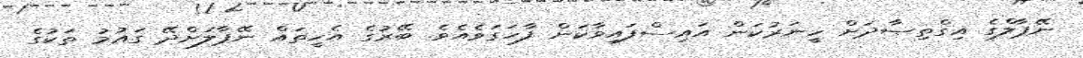
ނޭޕާލްގެ އިގްތިޞާދަށް ހީނަރުކަން އައިސްފައިވާކަން ފާހަގަވެއެވެ. ބޭރުގެ އެހީތައް ނޭޕާލަށްދޭ ގައުމު ތަކުގެ